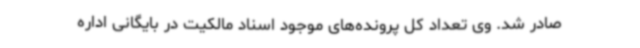
صادر شد. وی تعداد کل پرونده‌های موجود اسناد مالکیت در بایگانی اداره